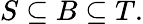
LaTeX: S\subseteq B\subseteq T.